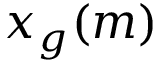
x _ { g } ( m )